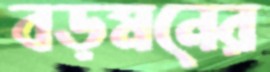
বড়মনের